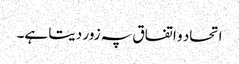
اتحاد و اتفاق پہ زور دیتا ہے۔